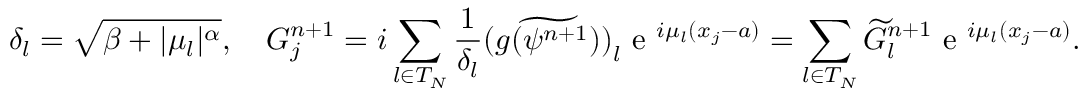
\delta _ { l } = \sqrt { \beta + | \mu _ { l } | ^ { \alpha } } , \quad G _ { j } ^ { n + 1 } = i \sum _ { l \in { T } _ { N } } \frac { 1 } { \delta _ { l } } \widetilde { ( g ( \psi ^ { n + 1 } ) ) } _ { l } \textrm { e } ^ { i \mu _ { l } ( x _ { j } - a ) } = \sum _ { l \in { T } _ { N } } \widetilde { G } _ { l } ^ { n + 1 } \textrm { e } ^ { i \mu _ { l } ( x _ { j } - a ) } .